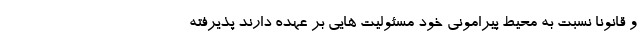
و قانونا نسبت به محیط پیرامونی خود مسئولیت هایی بر عهده دارند پذیرفته